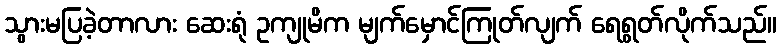
သွားမပြခဲ့တာလား ဆေးရုံ ဥကျုမိက မျက်မှောင်ကြုတ်လျက် ရေရွတ်လိုက်သည်။